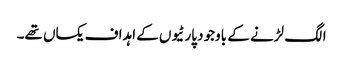
الگ لڑنے کے باوجود پارٹیوں کے اہداف یکساں تھے۔